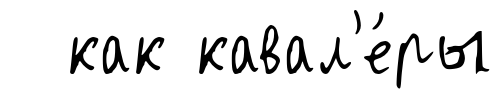
как кавал'е́ры